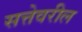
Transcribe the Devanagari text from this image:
सत्तेवरील